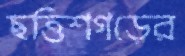
ছত্তিশগড়ের